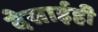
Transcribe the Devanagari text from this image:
देसाईही